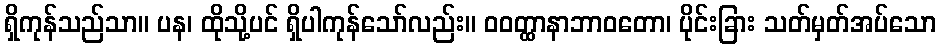
ရှိကုန်သည်သာ။ ပန၊ ထိုသို့ပင် ရှိပါကုန်သော်လည်း။ ဝဝတ္ထာနာဘာဝတော၊ ပိုင်းခြား သတ်မှတ်အပ်သော